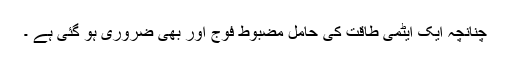
چنانچہ ایک ایٹمی طاقت کی حامل مضبوط فوج اور بھی ضروری ہو گئی ہے ۔